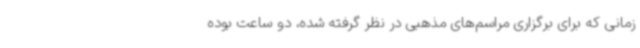
زمانی که برای برگزاری مراسم‌های مذهبی در نظر گرفته شده، دو ساعت بوده